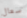
سعال